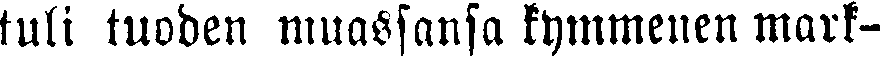
tuli tuoden muassansa kymmenen mark-